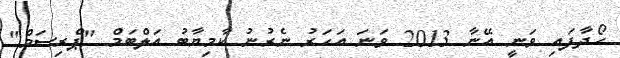
ހޯދާފައި ވަނީ އޭނާ 2013 ވަނަ އަހަރު ނެރުނު ކާމިޔާބު އަލްބަމް "ޕްރިސަމް"